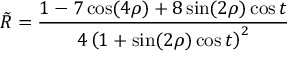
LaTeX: \tilde { R } = \frac { 1 - 7 \cos ( 4 \rho ) + 8 \sin ( 2 \rho ) \cos t } { 4 \left( 1 + \sin ( 2 \rho ) \cos t \right) ^ { 2 } }